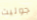
جوليت